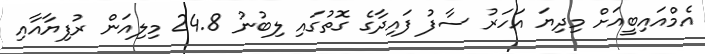
އެމްއައިބީއަށް މިދިޔަ އަހަރު ސާފު ފައިދާގެ ގޮތުގައި ލިބުނު 24.8 މިލިއަން ރުފިޔާއާއި